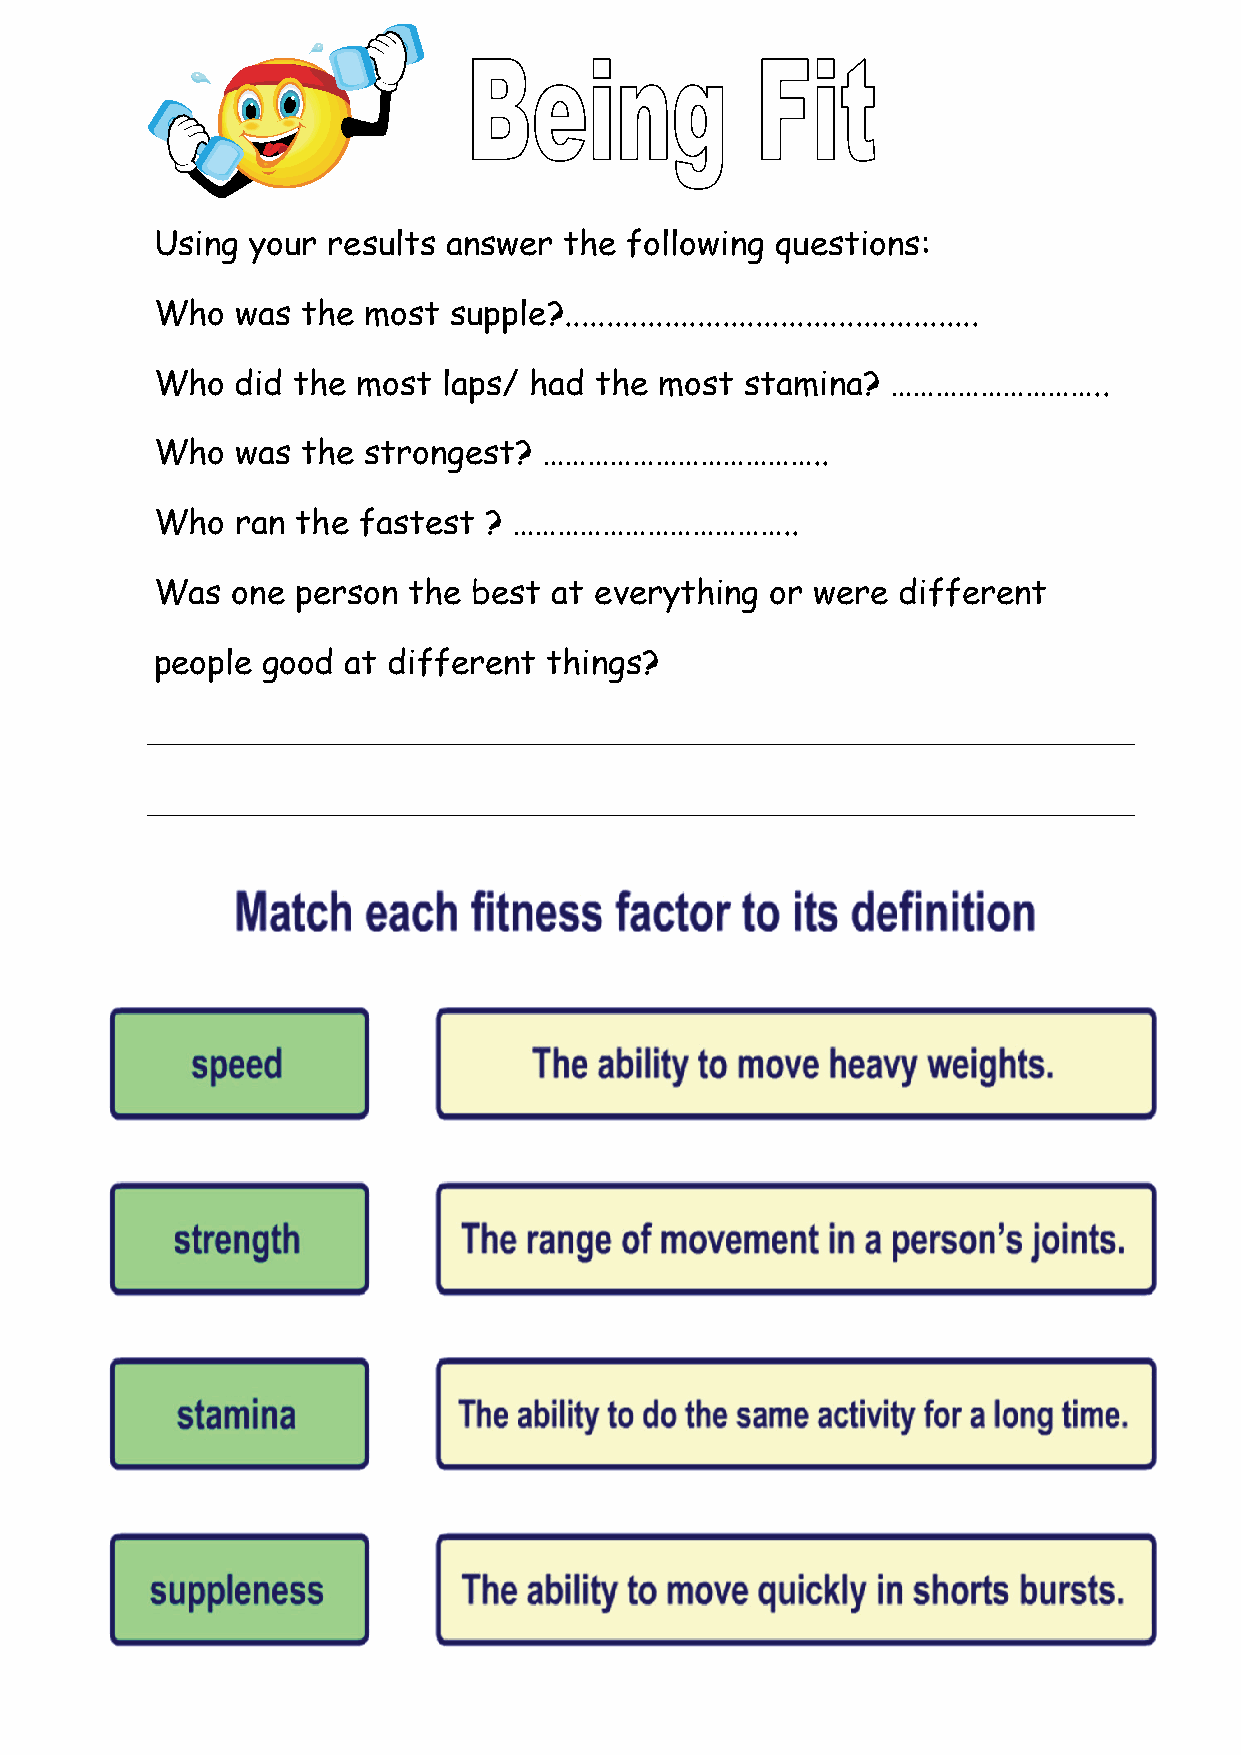
Using your  results answer the following questions:
 Who   was the most  supple?..................................................
 Who   did the most laps/ had the  most stamina?  ………………………..
 Who   was the strongest?  ………………………………..
 Who   ran the fastest ? ………………………………..
 Was  one  person the best at everything  or were different
 people good  at different things?